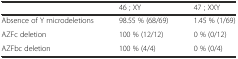
<table><thead><tr><td></td><td><b>46 ; XY</b></td><td><b>47 ; XXY</b></td></tr></thead><tbody><tr><td>Absence of Y microdeletions</td><td>98.55 % (68/69)</td><td>1.45 % (1/69)</td></tr><tr><td>AZFc deletion</td><td>100 % (12/12)</td><td>0 % (0/12)</td></tr><tr><td>AZFbc deletion</td><td>100 % (4/4)</td><td>0 % (0/4)</td></tr></tbody></table>